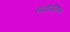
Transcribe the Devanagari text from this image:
मर्कोउसिस